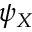
\psi _ { X }